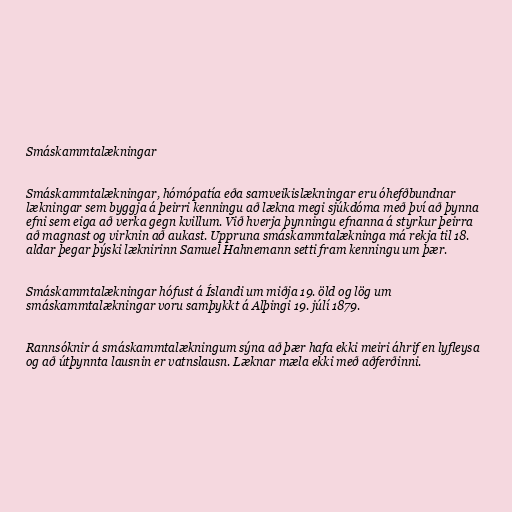
Smáskammtalækningar

Smáskammtalækningar, hómópatía eða samveikislækningar eru óhefðbundnar
lækningar sem byggja á þeirri kenningu að lækna megi sjúkdóma með því að þynna
efni sem eiga að verka gegn kvillum. Við hverja þynningu efnanna á styrkur þeirra
að magnast og virknin að aukast. Uppruna smáskammtalækninga má rekja til 18.
aldar þegar þýski læknirinn Samuel Hahnemann setti fram kenningu um þær.

Smáskammtalækningar hófust á Íslandi um miðja 19. öld og lög um
smáskammtalækningar voru samþykkt á Alþingi 19. júlí 1879.

Rannsóknir á smáskammtalækningum sýna að þær hafa ekki meiri áhrif en lyfleysa
og að útþynnta lausnin er vatnslausn. Læknar mæla ekki með aðferðinni.